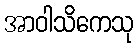
အာဝါသိကေသု